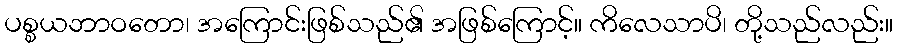
ပစ္စယဘာဝတော၊ အကြောင်းဖြစ်သည်၏ အဖြစ်ကြောင့်။ ကိလေသာပိ၊ တို့သည်လည်း။